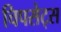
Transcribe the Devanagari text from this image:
चिपसेट्स